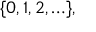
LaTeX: \{ 0 , 1 , 2 , \ldots \} ,